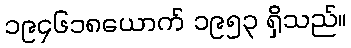
၁၉၄၆၁၈ယောက် ၁၉၅၃ ရှိသည်။